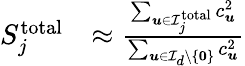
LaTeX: \begin{array}{rl}{S_{j}^{\mathrm{total}}}&{\approx\frac{\sum_{{\boldsymbol{u}}\in{\mathcal{I}}_{j}^{\mathrm{total}}}c_{\boldsymbol{u}}^{2}}{\sum_{{\boldsymbol{u}}\in{\mathcal{I}}_{d}\setminus\{ {\boldsymbol{0}}\} }c_{\boldsymbol{u}}^{2}}}\end{array}